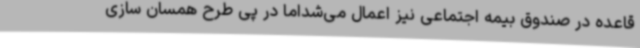
قاعده در صندوق بیمه اجتماعی نیز اعمال می‌شداما در پی طرح همسان سازی